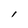
Character: l